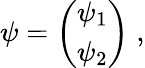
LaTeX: \begin{array}{r}{\psi=\left(\begin{array}{cc}{\psi_{1}}\\ {\psi_{2}}\end{array}\right)\; ,}\end{array}